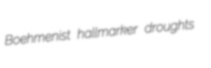
Boehmenist hallmarker droughts